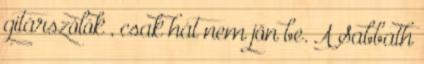
gitárszólók , csak hát nem jön be. A Sabbath